Senior Leaving Certificate Examination (including Day School Certificate (Higher) General paper), 1947
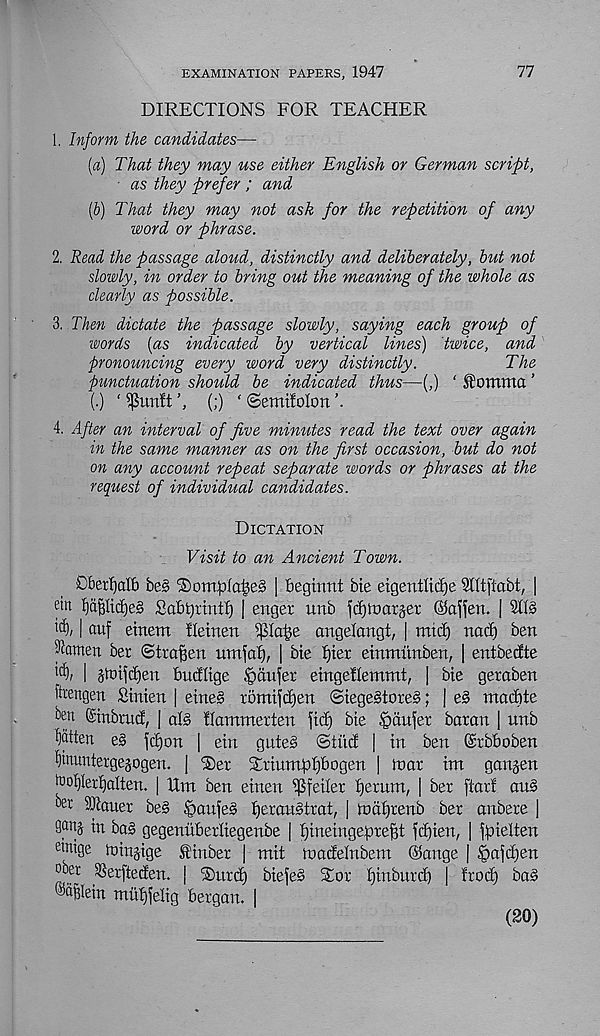
EXAMINATION PAPERS, 1947
77
DIRECTIONS FOR TEACHER
1. Inform the candidates—
[a) That they may use either English or German script,
■ as they prefer ; and
(b) That they may not ask for the repetition of any
word or phrase.
2. Read the passage aloud, distinctly and deliberately, but not
slowly, in order to bring out the meaning of the whole as
dearly as possible.
3. Then dictate the passage slowly, saying each group of
words [as indicated by vertical lines) twice, and
pronouncing every word very distinctly.
The
punctuation should be indicated thus—(,) ‘ £ormtta ’
(.) ‘ $imft \ (;) ‘ ©emifolon
4. After an interval of five minutes read the text over again
in the same manner as on the first occasion, but do not
on any account repeat separate words or phrases at the
request of individual candidates.
Dictation
Visit to an Ancient Town.
£)bet£)alb be§
| beginnt bte eigentlicf)?. Slltfiabt, |
etn f)af3Hcf)e§ £a6t)tmtl) | enger unb \&)\vax%ei ©affen. | SIB
1 auf einem Heinen ^la^e angelangt, | mid) nad) ben
9iamen ber ©trafjen urrtjaf), | bie fjier einmimben, | entbedte
I SiDtjd)en Budlige Confer eingellemmt, | bie geroben
ftrengen Sinien | eine§ romijdjen ©iege§tore§; | e§ mad)te
ben Cinbrud, | aB flammerten fid) bie §aufer baran | unb
fatten e§ fd)on | ein gute§ ©tiid | in ben ©xbboben
^tnuntergejogen. | T)er Xriuntplibogen | in at im gangen
'ooijletljalten. | Um ben einen i^feiler fjerum, [ ber ftarf aiB
bet Sliauer be§ Sbaufes IjeimBtrat, | tnafjrenb ber anbere |
iu bag gegenitberliegenbe | Ijineingegre^t fd)ien, | fpielten
einige minjige Sinber | mit toadeinbem ©ange | £>afd)en
ober SSerfteden. | ®urd) biefeb Tor Ijinburd) | !rod) bag
®^lein mutjfelig bergau. I
(20)